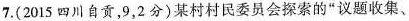
7.（2015四川自贡，9，2分）某村村民委员会探索的”议题收集、